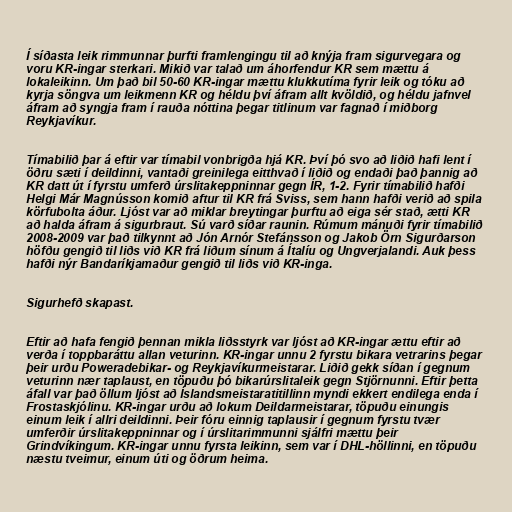
Í síðasta leik rimmunnar þurfti framlengingu til að knýja fram sigurvegara og
voru KR-ingar sterkari. Mikið var talað um áhorfendur KR sem mættu á
lokaleikinn. Um það bil 50-60 KR-ingar mættu klukkutíma fyrir leik og tóku að
kyrja söngva um leikmenn KR og héldu því áfram allt kvöldið, og héldu jafnvel
áfram að syngja fram í rauða nóttina þegar titlinum var fagnað í miðborg
Reykjavíkur.

Tímabilið þar á eftir var tímabil vonbrigða hjá KR. Því þó svo að liðið hafi lent í
öðru sæti í deildinni, vantaði greinilega eitthvað í liðið og endaði það þannig að
KR datt út í fyrstu umferð úrslitakeppninnar gegn ÍR, 1-2. Fyrir tímabilið hafði
Helgi Már Magnússon komið aftur til KR frá Sviss, sem hann hafði verið að spila
körfubolta áður. Ljóst var að miklar breytingar þurftu að eiga sér stað, ætti KR
að halda áfram á sigurbraut. Sú varð síðar raunin. Rúmum mánuði fyrir tímabilið
2008-2009 var það tilkynnt að Jón Arnór Stefánsson og Jakob Örn Sigurðarson
höfðu gengið til liðs við KR frá liðum sínum á Ítalíu og Ungverjalandi. Auk þess
hafði nýr Bandaríkjamaður gengið til liðs við KR-inga.

Sigurhefð skapast.

Eftir að hafa fengið þennan mikla liðsstyrk var ljóst að KR-ingar ættu eftir að
verða í toppbaráttu allan veturinn. KR-ingar unnu 2 fyrstu bikara vetrarins þegar
þeir urðu Poweradebikar- og Reykjavíkurmeistarar. Liðið gekk síðan í gegnum
veturinn nær taplaust, en töpuðu þó bikarúrslitaleik gegn Stjörnunni. Eftir þetta
áfall var það öllum ljóst að Íslandsmeistaratitillinn myndi ekkert endilega enda í
Frostaskjólinu. KR-ingar urðu að lokum Deildarmeistarar, töpuðu einungis
einum leik í allri deildinni. Þeir fóru einnig taplausir í gegnum fyrstu tvær
umferðir úrslitakeppninnar og í úrslitarimmunni sjálfri mættu þeir
Grindvíkingum. KR-ingar unnu fyrsta leikinn, sem var í DHL-höllinni, en töpuðu
næstu tveimur, einum úti og öðrum heima.